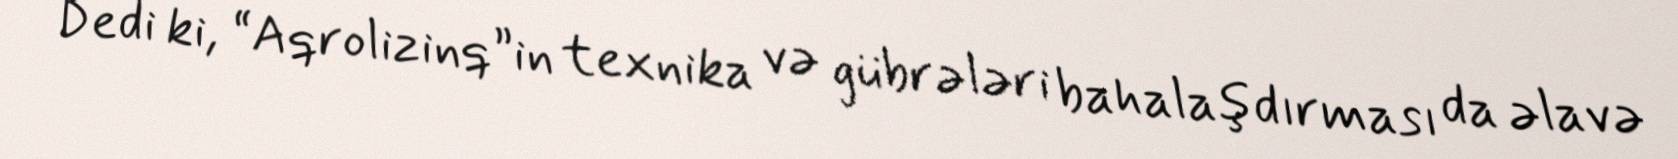
Dedi ki, “Aqrolizinq”in texnika və gübrələri bahalaşdırması da əlavə